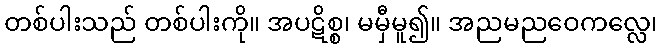
တစ်ပါးသည် တစ်ပါးကို။ အပဋိစ္စ၊ မမှီမူ၍။ အညမညဝေကလ္လေ၊